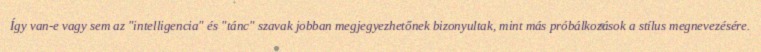
Így van-e vagy sem az "intelligencia" és "tánc" szavak jobban megjegyezhetőnek bizonyultak, mint más próbálkozások a stílus megnevezésére.